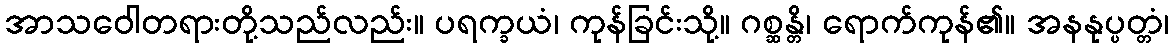
အာသဝေါတရားတို့သည်လည်း။ ပရက္ခယံ၊ ကုန်ခြင်းသို့။ ဂစ္ဆန္တိ၊ ရောက်ကုန်၏။ အနနုပ္ပတ္တံ၊